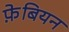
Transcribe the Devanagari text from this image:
फे़बियन